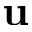
\bf { u }